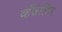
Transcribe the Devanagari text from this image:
व्हँजेलिस